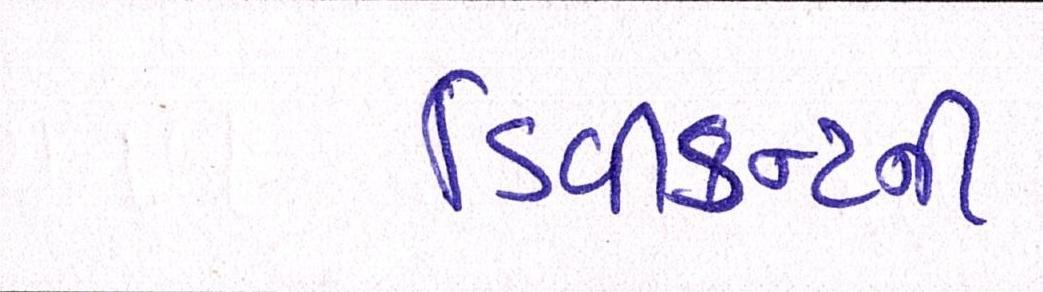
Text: ડિવીડન્ટની